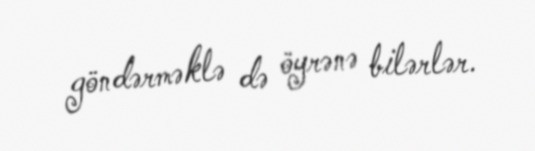
göndərməklə də öyrənə bilərlər.